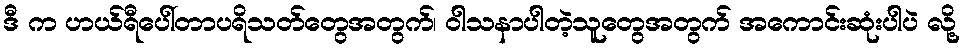
ဒီ က ဟယ်ရီပေါ်တာပရိသတ်တွေအတွက်၊ ဝါသနာပါတဲ့သူတွေအတွက် အကောင်းဆုံးပါပဲ လို့